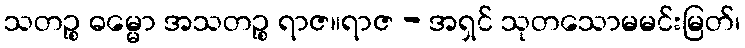
သတဉ္စ ဓမ္မော အသတဉ္စ ရာဇ။ရာဇ - အရှင် သုတသောမမင်းမြတ်၊